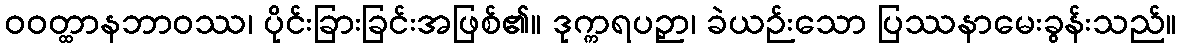
ဝဝတ္ထာနဘာဝဿ၊ ပိုင်းခြားခြင်းအဖြစ်၏။ ဒုက္ကရပဉှာ၊ ခဲယဉ်းသော ပြဿနာမေးခွန်းသည်။